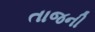
તાજની